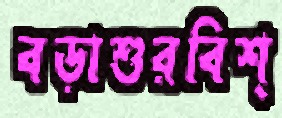
বড়াশুরবিশ্